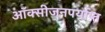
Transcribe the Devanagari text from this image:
ऑक्सीजनपर्याप्त